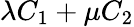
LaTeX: \lambda C_{1}+\mu C_{2}